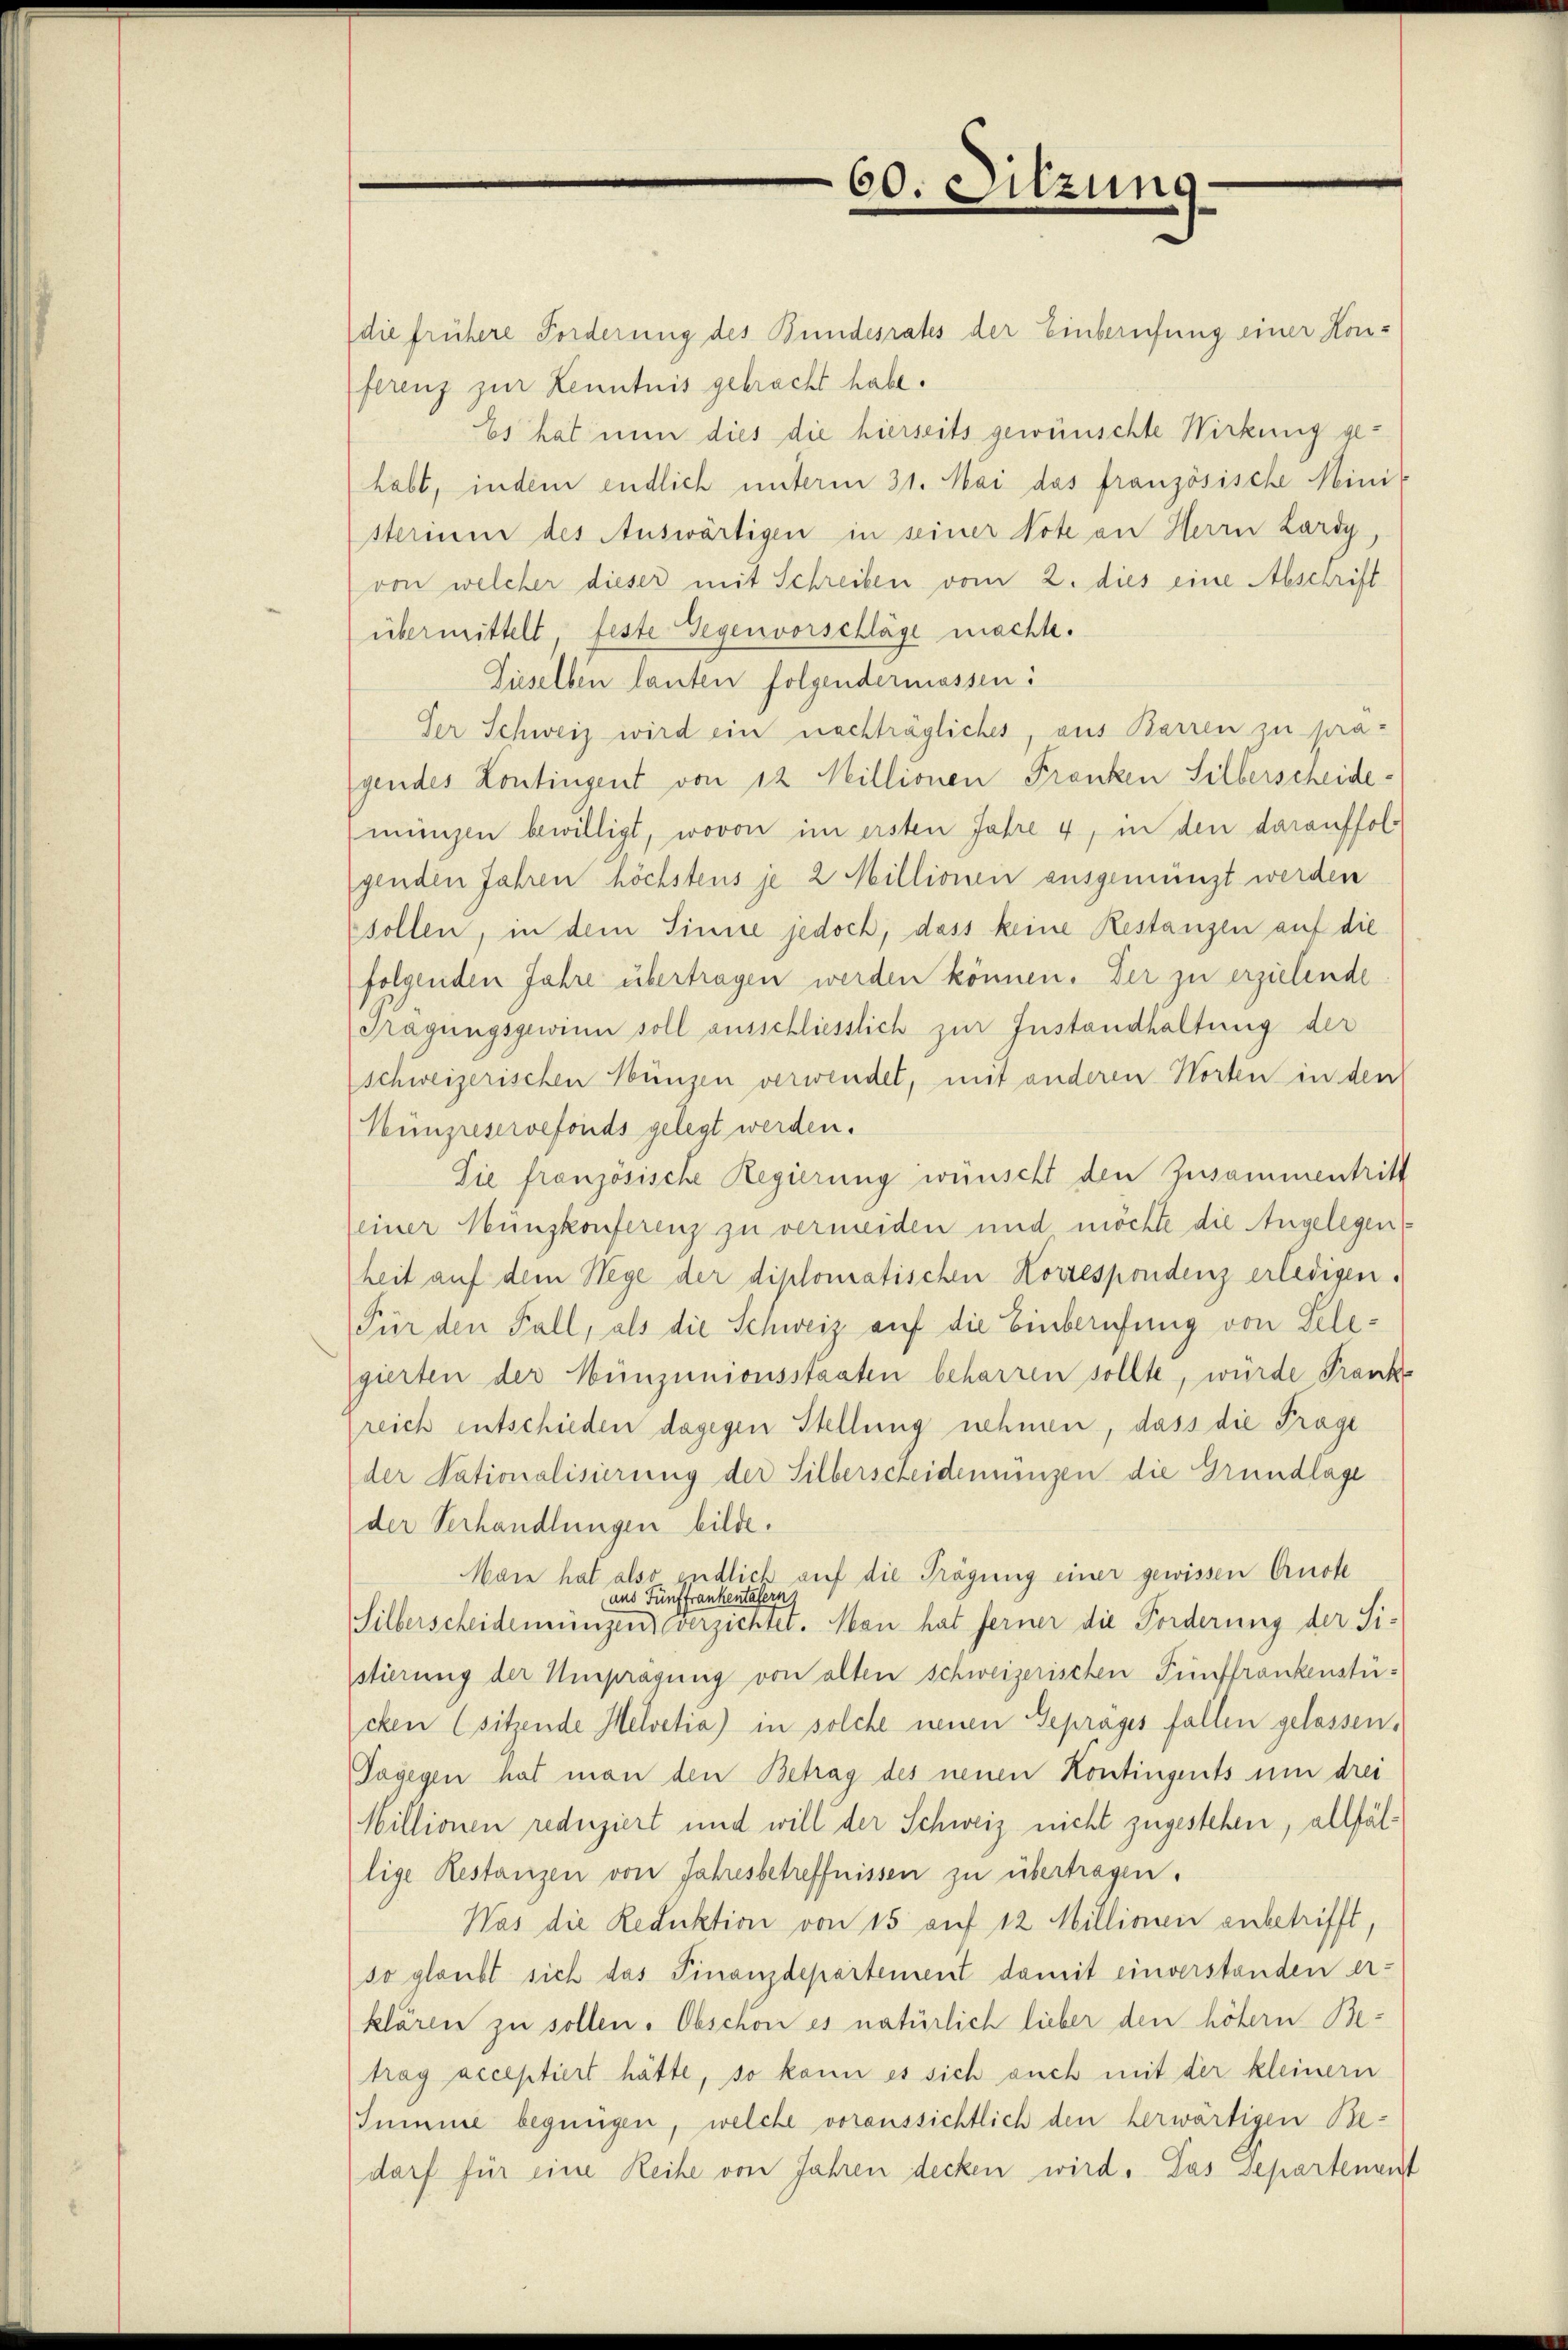
die frühere Forderung des Bundesrates der Einberufung einer Honferenz zur Kenntnis gebracht habe.
Es hat nun dies die hierseits gewünschte Wirkung gehabt, indem endlich unterm 31. Mai das französische Mini-
sterium des Auswärtigen in seiner Note an Herrn Lardy,
von welcher dieser mit Schreiben vom 2. dies eine Abschrift
übermittelt, feste Gegenvorschläge machte.
Fieselben lauten folgendermassen:
Der Schweiz wird ein nachträgliches, aus Barren zu pragendes Kontingent von 12 Millionen Franken Silberscheide.
münzen bewilligt, wovon im ersten Jahre 4, in den darauffolgenden Jahren höchstens je 2 Millionen ausgemünzt werden
sollen, in dem Sinne jedoch, dass keine Restanzen auf die
folgenden Jahre übertragen werden können. Der zu erzielende
Tragungsgewinn soll ausschliesslich zur Instandhaltung der
schweizerischen Hunzen verwendet, mit anderen Worten in den
Münzreservefonds gelegt werden.
Die französische Regierung wünscht den Zusammentritt
einer Münzkonferenz zu vermeiden und möchte die Angelegen
heit auf dem Wege der diplomatischen Korrespondenz erledigen.
Für den Fall, als die Schweiz auf die Einberufung von Telegierten der Münzunionsstaaten beharren sollte, würde Frank
reich entschieden dagegen Stellung nehmen, dass die Frage
der Nationalisierung der Silberscheidemünzen die Grundlage
der Verhandlungen bilde.
Man hat also endlich auf die Trägung einer gewissen Arnol
und Fünffrankentäfern
Silberscheidemünzen verzichtet. Man hat ferner die Forderung der Sistierung der Umprägung von alten schweizerischen Fünffrankenstücken (sitzende Helvetia) in solche neuen Geprages fallen gelassen.
Dagegen hat man den Betrag des neuen Kontingents um drei
Millionen reduziert und will der Schweiz nicht zugestehen, allfällige Restanzen von Jahresbetreffnissen zu übertragen.
Was die Reduktion von 15 auf 12 Millionen anbetrifft,
so glaubt sich das Finanzdepartement damit einverstanden er-
klären zu sollen. Obschön es natürlich lieber den höhern Betrag acceptiert hätte, so kann es sich auch mit der kleinern
Summe begnügen, welche voraussichtlich den herwärtigen Be-
darf für eine Reihe von Jahren decken wird. Das separtenant

60. Sitzung